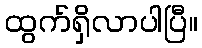
ထွက်ရှိလာပါပြီ။